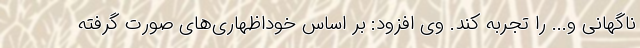
ناگهانی و... را تجربه کند. وی افزود: بر اساس خوداظهاری‌های صورت گرفته